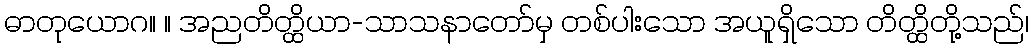
ဓာတုယောဂ။ ။ အညတိတ္ထိယာ-သာသနာတော်မှ တစ်ပါးသော အယူရှိသော တိတ္ထိတို့သည်၊